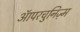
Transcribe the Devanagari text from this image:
ऑपरचुनिज़्म